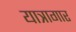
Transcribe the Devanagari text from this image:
यात्रागार